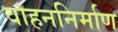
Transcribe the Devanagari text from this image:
वाहननिर्माण